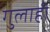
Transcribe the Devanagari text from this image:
गुलाही